Scottish Leaving Certificate Examination, 1957
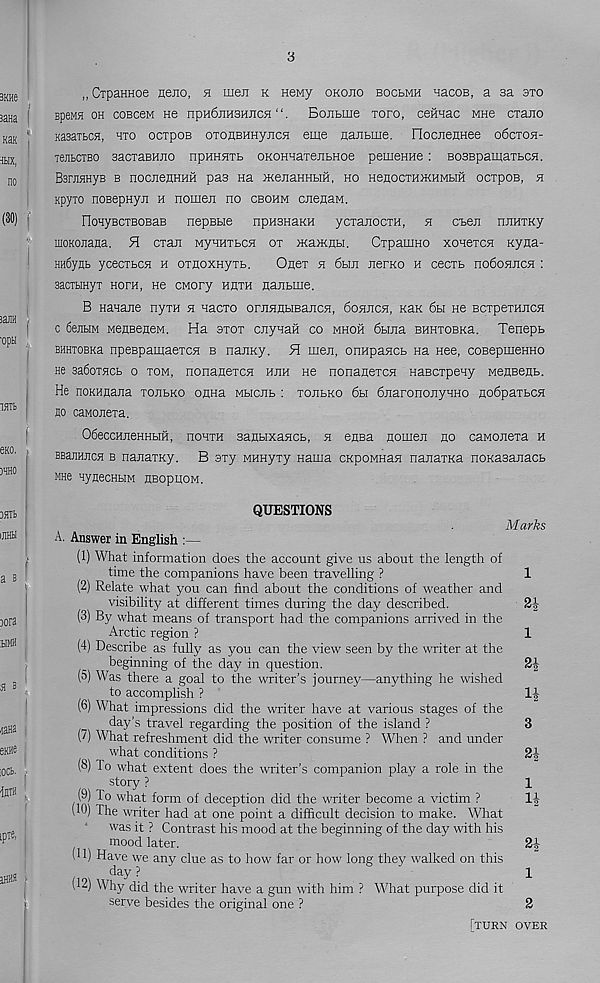
3
„ OrpaHHoe neno, a men k neMy okojio boclmh nacoB, a sa sto
speM3 oh coBceM He npH6jiH3HJicH “. Bonbme tofo, ceHHac mhb crano
KasaibCH, hto ocxpoB oTOHBHHyncH eme najibme. riocjienHee o6ctoh-
jejibCTBO aacTaBHjio itphhhtb OKOHHaTenbHoe pemeHHe : BOSBpamaxbCH.
BarjiHHyB b nocnenHHH pas Ha menaHHbiH, ho HenocxHHKHMbm ocxpos, h
Kpyxo noBepHyn h nomen no cbohm cnenaM.
nonyBCTBOBaB nepBbie npnsHaKH ycxanocxH, n cnen nnnxKy
inoKonana. H cxan MyHHXbcn ox JKamnbi.
Cxpamno xonexcn xyna-
Hn6ynb ycecxbCH h oxnoxHyxb.
Onex n 6bin nerKo h cecxb no6oHncH :
aacTHHyx Horn, He CMory hhxh nanbme.
B nanane nyxH n nacxo omnnuBancn, 6oHncH, Kan 6h He BcxpexHncn
c SejibiM MenBenen. Ha sxox cnynaH co mhoh 6bina BHHxoBKa. Tenepb
BHHTOBKa npeBpamaexcn b nanny. H men, onHpancb na nee, coBepmeHHO
ne 3a6oxHcb o xom, nonanexcn nnH He nonanexcn Hascxpeny Meneenb.
He noKHnana xonbKO onna Mbicnb : xonbKO 6h 6narononyHHO no6paxbCH
no caMonexa,
06eccHneHHbm, hohxh sanbixancb, h ensa nomen no canonexa h
BBajiHjicn b nanaxKy, B axy MHHyxy nama cnpoMHan nanaxna noKasanacb
MH6 HyneCHbIM HBOpnOH.
A.
QUESTIONS
Marks
Answer in English :—
(1) What information does the account give us about the length of
time the companions have been travelling ?
1
(2) Relate what you can find about the conditions of weather and
visibility? at different times during the day described.
(3) By what means of transport had the companions arrived in the
Arctic region ?
1
(4) Describe as fully as you can the view seen by the writer at the
beginning of the day in question.
2|
(5) Was there a goal to the writer’s journey—anything he wished
to accomplish ?
(6) What impressions did the writer have at various stages of the
day’s travel regarding the position of the island ?
3
(7) What refreshment did tire writer consume ? When ? and under
what conditions ?
2i
(8) To what extent does the writer’s companion play a role in the
story ?
1
(9) To what form of deception did the writer become a victim ?
1J
(10) The writer had at one point a difficult decision to make. What
was it ? Contrast his mood at the beginning of the day with his
mood later.
2-|
(U) Have we any clue as to how far or how long they walked on this
day ?
~
1
(12) Why did the writer have a gun with him ? What purpose did it
serve besides the original one ?
2
[turn over